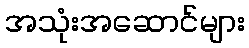
အသုံးအဆောင်များ